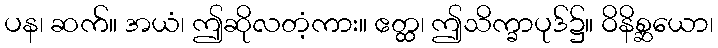
ပန၊ ဆက်။ အယံ၊ ဤဆိုလတံ့ကား။ ဧတ္ထ၊ ဤသိက္ခာပုဒ်၌။ ဝိနိစ္ဆယော၊